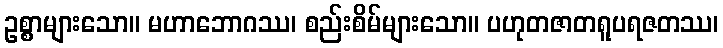
ဥစ္စာများသော။ မဟာဘောဂဿ၊ စည်းစိမ်များသော။ ပဟုတဇာတရူပရဇတဿ၊